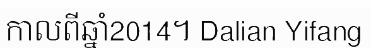
កាលពីឆ្នាំ2014។ Dalian Yifang